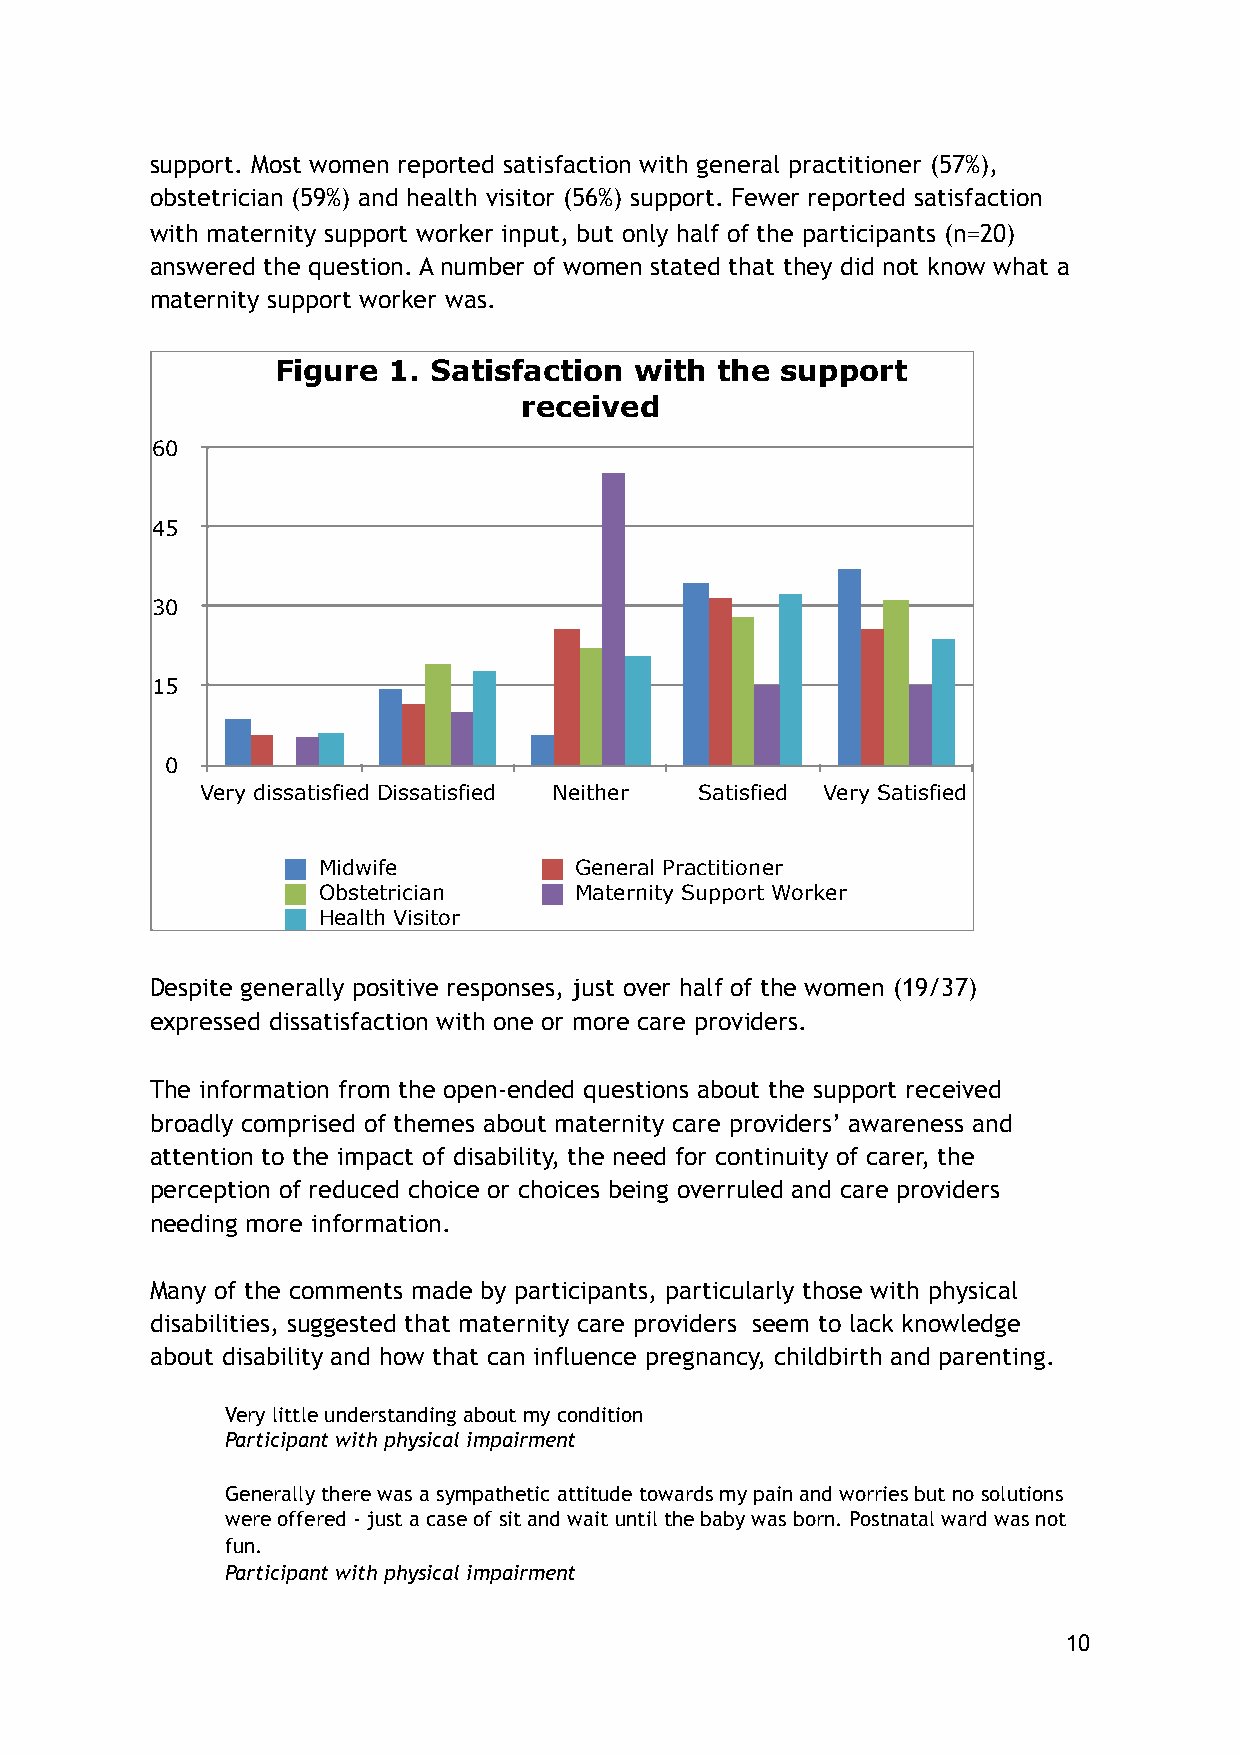
support. Most women reported satisfaction with general practitioner (57%),
 obstetrician (59%) and health visitor (56%) support. Fewer reported satisfaction
 with maternity support worker input, but only half of the participants (n=20)
 answered the question. A number of women stated that they did not know what a
 maternity support worker was.
 Figure  1. Satisfaction with the  support
 received
 60
 45
 30
 15
 0
 Very dissatisfied Dissatisfied Neither Satisfied Very Satisfied
 Midwife          General Practitioner
 Obstetrician     Maternity Support Worker
 Health Visitor
 Despite generally positive responses, just over half of the women (19/37)
 expressed dissatisfaction with one or more care providers.
 The information from the open-ended questions about the support received
 broadly comprised of themes about maternity care providers’ awareness and
 attention to the impact of disability, the need for continuity of carer, the
 perception of reduced choice or choices being overruled and care providers
 needing more information.
 Many of the comments made by participants, particularly those with physical
 disabilities, suggested that maternity care providers seem to lack knowledge
 about disability and how that can influence pregnancy, childbirth and parenting.
 Very little understanding about my condition
 Participant with physical impairment
 Generally there was a sympathetic attitude towards my pain and worries but no solutions
 were offered - just a case of sit and wait until the baby was born. Postnatal ward was not
 fun.
 Participant with physical impairment
 10